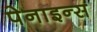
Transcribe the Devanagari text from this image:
पेनाइन्स